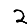
Digit: 2